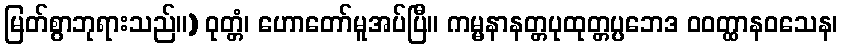
မြတ်စွာဘုရားသည်။) ဝုတ္တံ၊ ဟောတော်မူအပ်ပြီ။ ကမ္မနာနတ္တပုထုတ္တပ္ပဘေဒ ဝဝတ္ထာနဝသေန၊